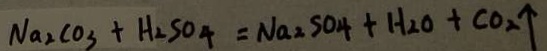
N a _ { 2 } C O _ { 3 } + H _ { 2 } S O _ { 4 } = N a _ { 2 } S O _ { 4 } + H _ { 2 } O + C O _ { 2 } \uparrow